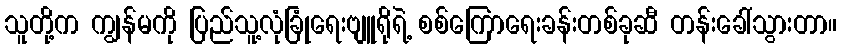
သူတို့က ကျွန်မကို ပြည်သူ့လုံခြုံရေးဗျူရိုရဲ့ စစ်ကြောရေးခန်းတစ်ခုဆီ တန်းခေါ်သွားတာ။